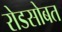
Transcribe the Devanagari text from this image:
रोडसोबत